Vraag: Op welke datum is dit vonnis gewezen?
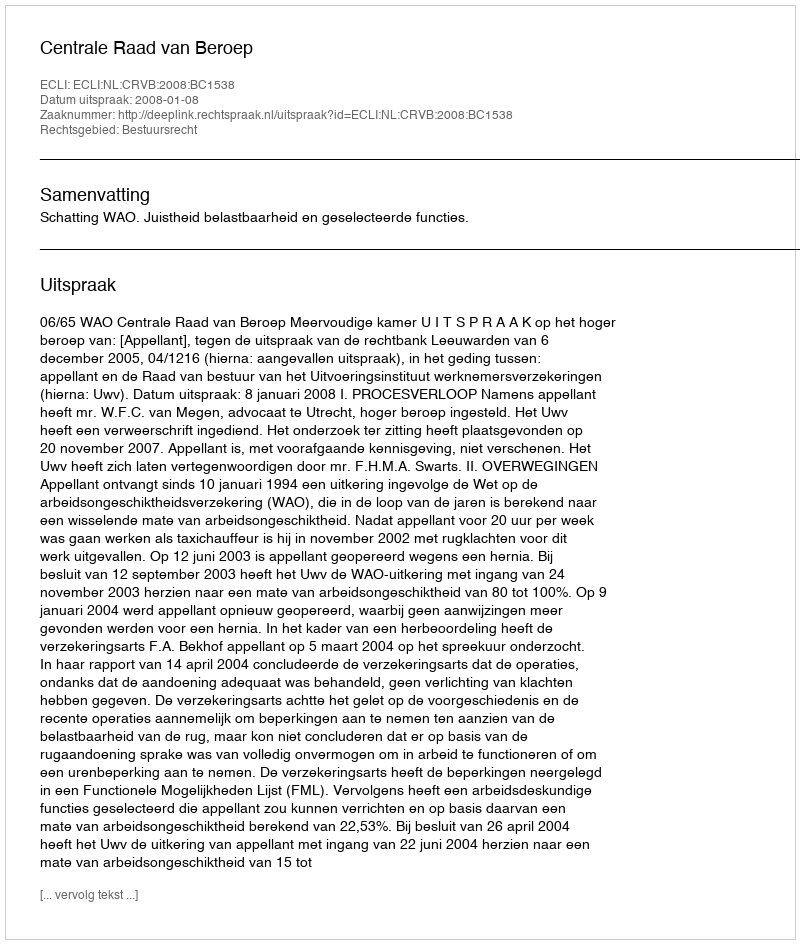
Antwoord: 2008-01-08